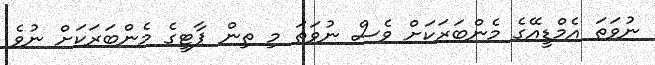
ނުވަތަ އެމްޑީއޭގެ މެންބަރަކަށް ވެސް ނުވަތަ މި ތިން ޕާޓީގެ މެންބަރަކަށް ނުވެ